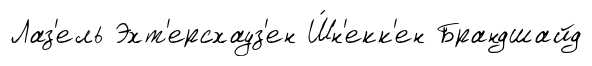
Лаз'ель Эхт'ерсхауз'ен Ш́н'екк'ен Брандшайд